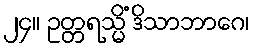
၂၄။ ဥတ္တရသ္မိံ ဒိသာဘာဂေ၊